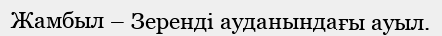
Жамбыл – Зеренді ауданындағы ауыл.